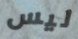
ليس